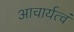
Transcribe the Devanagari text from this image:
आचार्यत्वं